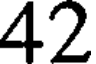
42